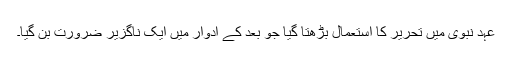
عہد نبوی میں تحریر کا استعمال بڑھتا گیا جو بعد کے ادوار میں ایک ناگزیر ضرورت بن گیا۔